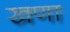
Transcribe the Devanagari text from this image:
खणा